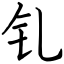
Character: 钆